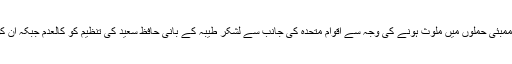
واضح رہے کہ دہشت گردی اور ممبئی حملوں میں ملوث ہونے کی وجہ سے اقوام متحدہ کی جانب سے لشکر طیبہ کے بانی حافظ سعید کی تنظیم کو کالعدم جبکہ ان کو دہشت گرد قرار دیا جا چکا ہے۔